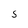
Character: 5